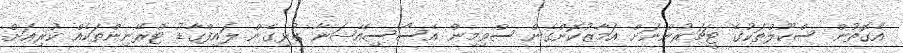
އެގޮތުން ސްކޫލްތަކުގެ ޓީޗަރުންނަށް އަމާޒުކޮށްގެން ސްވިމިން އެސޯސިއޭޝަނާ ގުޅިގެން ލައިފްގާޑު ޓްރޭނިންތަކެއް ކުރިއަށް